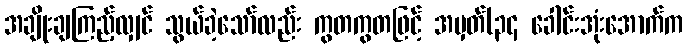
အချိုးချကြည့်လျှင် သွယ်ခဲ့သော်လည်း ကွတကွတဖြင့် အမှတ်(၃၄ ခေါင်းအုံးအောက်က